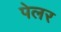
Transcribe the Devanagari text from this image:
पेलर